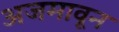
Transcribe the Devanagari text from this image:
अजमावून